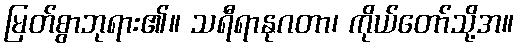
မြတ်စွာဘုရား၏။ သရီရာနုဂတာ၊ ကိုယ်တော်သို့အ။